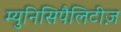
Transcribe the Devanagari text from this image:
म्युनिसिपैलिटीज़